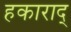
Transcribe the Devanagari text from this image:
हकाराद्